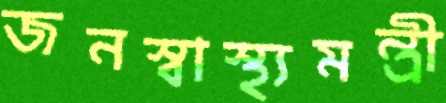
জনস্বাস্থ্যমন্ত্রী